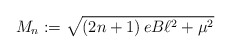
\begin{align*}M_{n}:=\sqrt{\left( 2n+1\right) eB\ell ^{2}+\mu ^{2}}\end{align*}